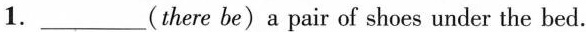
1.___(there be)a pair of shoes under the bed.